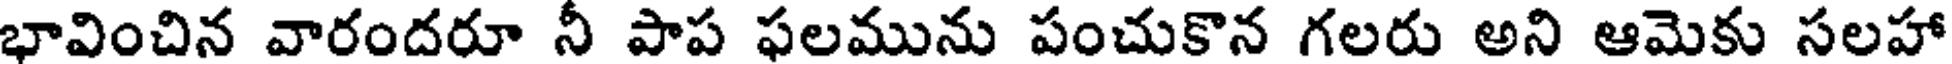
భావించిన వారందరూ నీ పాప ఫలమును పంచుకొన గలరు అని ఆమెకు సలహా